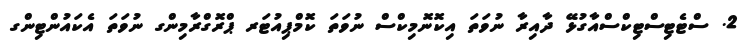
2. ސްޓެޓިސްޓިކްސްއާގުޅޭ ދާއިރާ ނުވަތަ އިކޮނޮމިކްސް ނުވަތަ ކޮމްޕިއުޓަރ ޕްރޮގްރާމިންގ ނުވަތަ އެކައުންޓިންގ